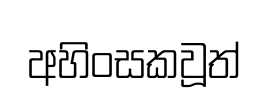
අහිංසකවූත්